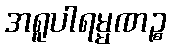
အရူပါရမ္မဏဉ္စ